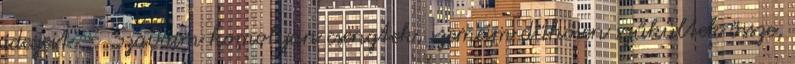
idegeit. – Szavaim komolyan csengtek, szemeim dühösen szűkültek össze,